Lunatic asylums United Provinces 1909-1921 - 1909-1921
Year: 1909
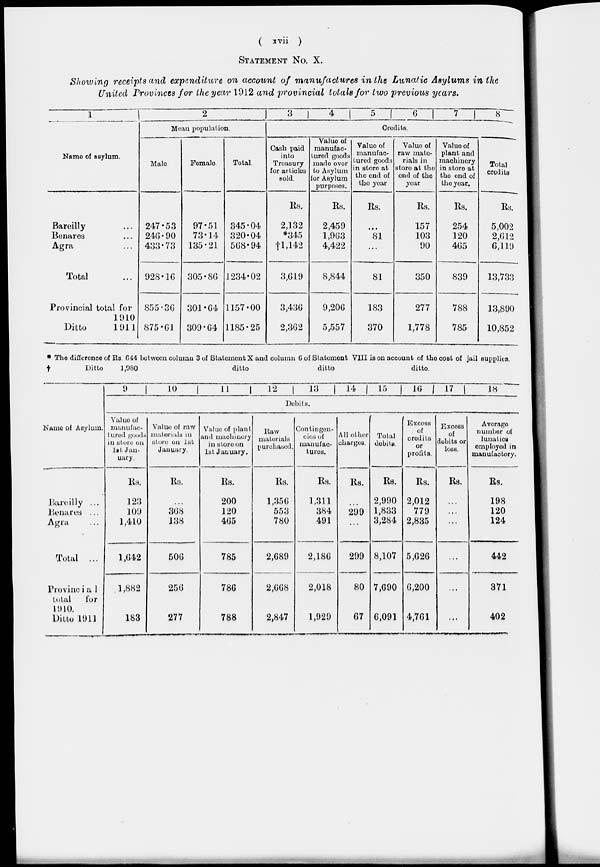
( xvii )
STATEMENT No. X.
Showing receipts and expenditure on account of manufactures in the Lunatic Asylums in the
United Provinces for the year 1912 and provincial totals for two previous years.
1
Name of asylum.
Bareilly ...
Benares ...
Agra ...
Total ...
Provincial total for
1910
Ditto
1911
2
Mean population.
Male
247.53
246.90
433.73
928.16
855.36
875.6I
Female.
97.51
73.14
135.21
305.86
301.64
309.64
Total.
345.04
320.04
568.94
1234.02
1157.00
1185.25
3
4
5
6
7
8
Credits.
Cash paid
into
Treasury
for articles
sold.
Rs.
2,132
*345
†1,142
3,619
3,436
2,362
Value of
manufac-
tured goods
made over
to Asylum
for Asylum
purposes.
Rs.
2,459
1,963
4,422
8,844
9,206
5,557
Value of
manufac-
tured goods
in store at
the end of
the year
Rs.
...
81
...
81
183
370
Value of
raw mate-
rials in
store at the
end of the
year
Rs.
157
103
90
350
277
1,778
Value of
plant and
machinery
in store at
the end of
the year.
Rs.
254
120
465
839
788
785
Total
credits
Rs.
5,002
2,612
6,119
13,733
13,890
10,852
* The difference of Rs. 644 between column 3 of Statement X and column 6 of Statement VIII is on account of the cost of jail supplies.
†
Ditto
1,980
ditto
ditto
ditto.
Name of Asylum.
Bareilly ...
Benares ...
Agra ...
Total ...
Provincial
total
for
1910.
Ditto 1911
9
10
11
12
13
14
15
16
17
18
Debits.
Value of
manufac-
tured goods
in store on
1st Jan-
uary.
Rs.
123
109
1,410
1,642
1,882
183
Value of raw
materials in
store on 1st
January.
Rs.
...
368
138
506
256
277
Value of plant
and machinery
in store on
1st January.
Rs.
200
120
465
785
786
788
Raw
materials
purchased.
Rs.
1,356
553
780
2,689
2,668
2,847
Contingen-
cies of
manufac-
tures.
Rs.
1,311
384
491
2,186
2,018
1,929
All other
charges.
Rs.
...
299
...
299
80
67
Total
debits.
Rs.
2,990
1,833
3,284
8,107
7,690
6,091
Excess
of
credits
or
profits.
Rs.
2,012
779
2,835
5,626
6,200
4,761
Excess
of
debits or
loss.
Rs.
...
...
...
...
...
...
Average
number of
lunatics
employed in
manufactory.
Rs.
198
120
124
442
371
402